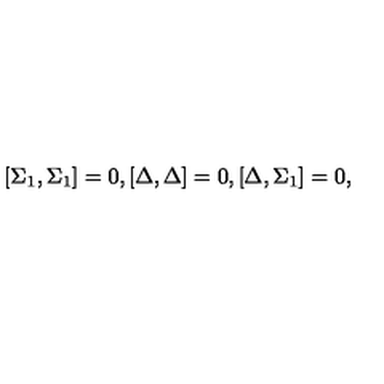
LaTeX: \lbrack \Sigma _ { 1 } , \Sigma _ { 1 } ] = 0 , [ \Delta , \Delta ] = 0 , [ \Delta , \Sigma _ { 1 } ] = 0 ,